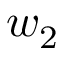
w _ { 2 }